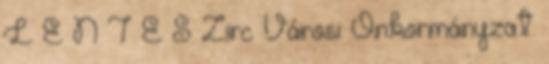
L E N T É S Zirc Városi Önkormányzat